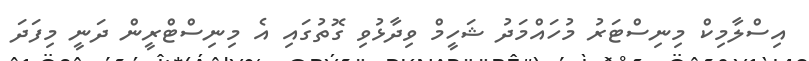
އިސްލާމިކް މިނިސްޓަރު މުހައްމަދު ޝަހީމް ވިދާޅުވި ގޮތުގައި އެ މިނިސްޓްރީން ދަނީ މިފަދަ